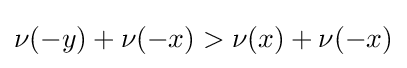
\nu (-y)+\nu (-x)>\nu (x)+\nu (-x)